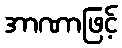
အာဏာဖြင့်